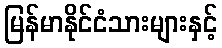
မြန်မာနိုင်ငံသားများနှင့်